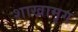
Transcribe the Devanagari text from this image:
शाखामृग